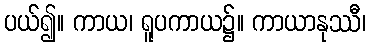
ပယ်၍။ ကာယ၊ ရူပကာယ၌။ ကာယာနုဿီ၊